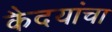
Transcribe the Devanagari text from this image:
कैदयांचा